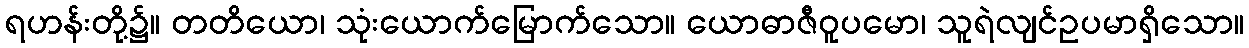
ရဟန်းတို့၌။ တတိယော၊ သုံးယောက်မြောက်သော။ ယောဓာဇီဝူပမော၊ သူရဲလျင်ဥပမာရှိသော။